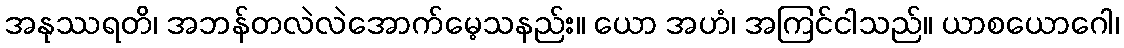
အနုဿရတိ၊ အဘန်တလဲလဲအောက်မေ့သနည်း။ ယော အဟံ၊ အကြင်ငါသည်။ ယာစယောဂေါ၊